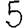
Digit: 5